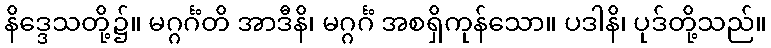
နိဒ္ဒေသတို့၌။ မဂ္ဂင်္ဂံတိ အာဒီနိ၊ မဂ္ဂင်္ဂံ အစရှိကုန်သော။ ပဒါနိ၊ ပုဒ်တို့သည်။